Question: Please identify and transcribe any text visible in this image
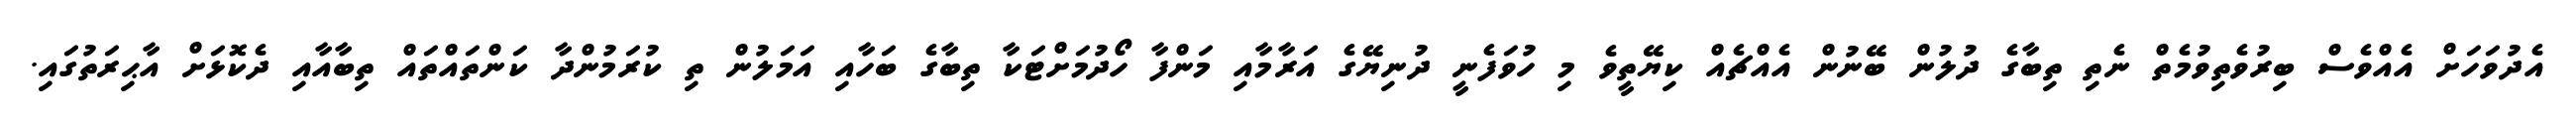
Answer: އެދުވަހަށް އެއްވެސް ބިރުވެތިވުމެތް ނެތި ތިބާގެ ދުލުން ބޭނުން އެއްޗެއް ކިޔޭތީވެ މި ހުވަފެނީ ދުނިޔޭގެ އަރާމާއި މަންފާ ހޯދުމަށްޓަކާ ތިބާގެ ބަހާއި އަމަލުން ތި ކުރަމުންދާ ކަންތައްތައް ތިބާއާއި ދެކޮޅަށް އާޙިރަތުގައި.